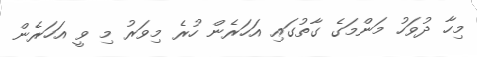
މިހާ ދުވަހު މަންމަގެ ގާތުގައި އަހަރެން ހުރެ މިވަރު މި ވީ އަހަރެން